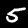
Digit: 5